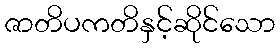
ဇာတိပကတိနှင့်ဆိုင်သော